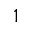
1